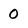
Character: 0